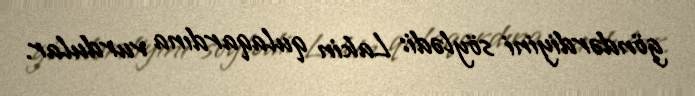
göndərdiyini söylədi: Lakin qulaqardına vurdular.